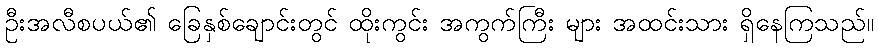
ဦးအလီစပယ်၏ ခြေနှစ်ချောင်းတွင် ထိုးကွင်း အကွက်ကြီး များ အထင်းသား ရှိနေကြသည်။